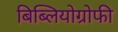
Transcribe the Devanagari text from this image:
बिब्लियोग्रोफी